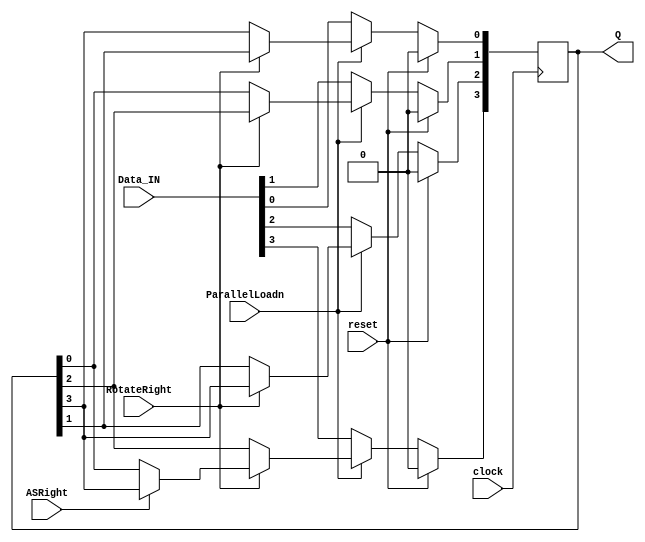
`timescale 1ns / 1ns

module part3(clock, reset, ParallelLoadn, RotateRight, ASRight, Data_IN, Q);
    input clock, reset, ParallelLoadn, RotateRight, ASRight;
    input [3:0] Data_IN;
    output reg[3:0] Q;

    always @ (posedge clock)
        begin
            if (reset)
                begin
                    Q <= {4'b0000};
                end

            else if (!ParallelLoadn)
                begin
                    Q[3] <= Data_IN[3];
                    Q[2] <= Data_IN[2];
                    Q[1] <= Data_IN[1];
                    Q[0] <= Data_IN[0];
                end
            else if(!RotateRight)
            //SHIFT LEFT
                begin
                    Q[3] <= Q[2];
                    Q[2] <= Q[1];
                    Q[1] <= Q[0];
                    Q[0] <= Q[3];
                end
            else if(ASRight)
                begin
                    Q[2] <= Q[3];
                    Q[1] <= Q[2];
                    Q[0] <= Q[1];
                end
            else if(RotateRight)
               begin
                    Q[3] <= Q[0];
                    Q[2] <= Q[3];
                    Q[1] <= Q[2];
                    Q[0] <= Q[1];
                end
        end

endmodule